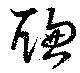
聡